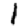
Digit: 1